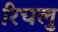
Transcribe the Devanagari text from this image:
रिचलु